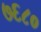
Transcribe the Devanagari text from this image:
७६८०